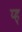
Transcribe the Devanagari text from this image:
य्ह्